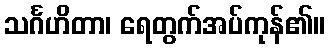
သင်္ဂဟိတာ၊ ရေတွက်အပ်ကုန်၏။